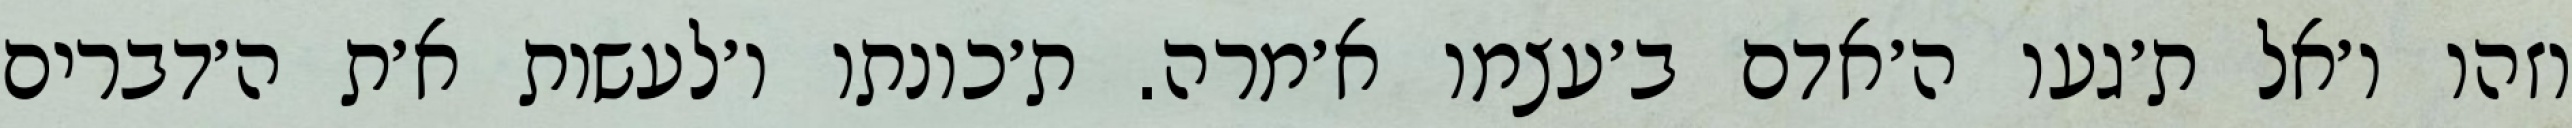
וזהו ו׳אל ת׳געו ה׳אדם ב׳עצמו א׳מרה. ת׳כונתו ו׳לעשות א׳ת ה׳דברים